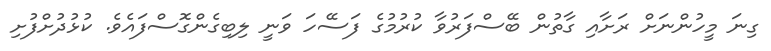
ގިނަ މީހުންނަށް ރަށާއި ގާތުން ބޭސްފަރުވާ ކުރުމުގެ ފަސޭހަ ވަނީ ލިބިގެންގޮސްފައެވެ. ކުޅުދުށްފުށި